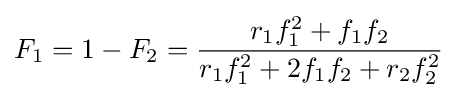
F_{1}=1-F_{2}={\frac {r_{1}f_{1}^{2}+f_{1}f_{2}}{r_{1}f_{1}^{2}+2f_{1}f_{2}+r_{2}f_{2}^{2}}}